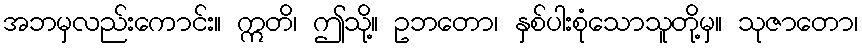
အဘမှလည်းကောင်း။ ဣတိ၊ ဤသို့။ ဥဘတော၊ နှစ်ပါးစုံသောသူတို့မှ။ သုဇာတော၊